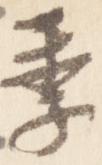
季